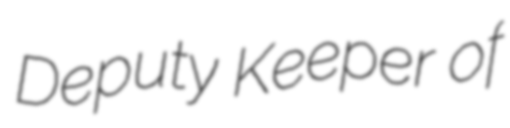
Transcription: Deputy Keeper of